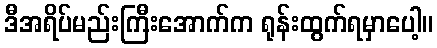
ဒီအရိပ်မည်းကြီးအောက်က ရုန်းထွက်ရမှာပေါ့။